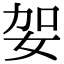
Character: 妿